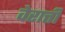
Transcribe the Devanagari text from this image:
वेरात्ती